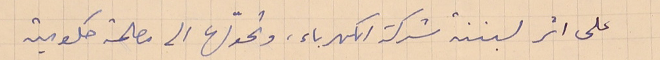
على اثر لبننة شركة الكهرباء، وتحوّلها الى مصلحة حكومية